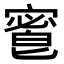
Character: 𡪆